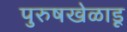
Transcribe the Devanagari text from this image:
पुरुषखेळाडू